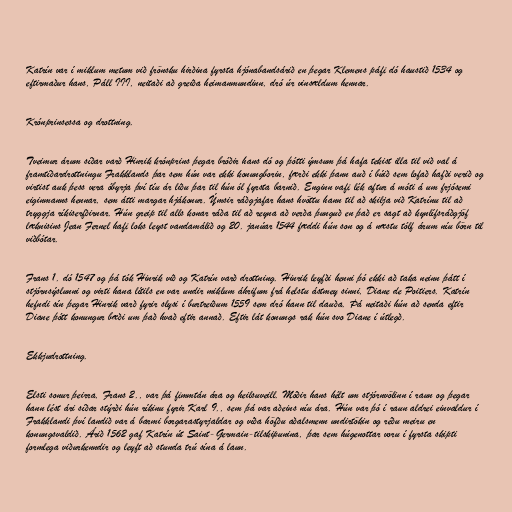
Katrín var í miklum metum við frönsku hirðina fyrsta hjónabandsárið en þegar Klemens páfi dó haustið 1534 og
eftirmaður hans, Páll III, neitaði að greiða heimanmundinn, dró úr vinsældum hennar.

Krónprinsessa og drottning.

Tveimur árum síðar varð Hinrik krónprins þegar bróðir hans dó og þótti ýmsum þá hafa tekist illa til við val á
framtíðardrottningu Frakklands þar sem hún var ekki konungborin, færði ekki þann auð í búið sem lofað hafði verið og
virtist auk þess vera óbyrja því tíu ár liðu þar til hún ól fyrsta barnið. Enginn vafi lék aftur á móti á um frjósemi
eiginmanns hennar, sem átti margar hjákonur. Ýmsir ráðgjafar hans hvöttu hann til að skilja við Katrínu til að
tryggja ríkiserfðirnar. Hún greip til alls konar ráða til að reyna að verða þunguð en það er sagt að kynlífsráðgjöf
læknisins Jean Fernel hafi loks leyst vandamálið og 20. janúar 1544 fæddi hún son og á næstu tólf árum níu börn til
viðbótar.

Frans 1. dó 1547 og þá tók Hinrik við og Katrín varð drottning. Hinrik leyfði henni þó ekki að taka neinn þátt í
stjórnsýslunni og virti hana lítils en var undir miklum áhrifum frá helstu ástmey sinni, Diane de Poitiers. Katrín
hefndi sín þegar Hinrik varð fyrir slysi í burtreiðum 1559 sem dró hann til dauða. Þá neitaði hún að senda eftir
Diane þótt konungur bæði um það hvað eftir annað. Eftir lát konungs rak hún svo Diane í útlegð.

Ekkjudrottning.

Elsti sonur þeirra, Frans 2., var þá fimmtán ára og heilsuveill. Móðir hans hélt um stjórnvölinn í raun og þegar
hann lést ári síðar stýrði hún ríkinu fyrir Karl 9., sem þá var aðeins níu ára. Hún var þó í raun aldrei einvaldur í
Frakklandi því landið var á barmi borgarastyrjaldar og víða höfðu aðalsmenn undirtökin og réðu meiru en
konungsvaldið. Árið 1562 gaf Katrín út Saint-Germain-tilskipunina, þar sem húgenottar voru í fyrsta skipti
formlega viðurkenndir og leyft að stunda trú sína á laun.